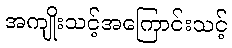
အကျိုးသင့်အကြောင်းသင့်